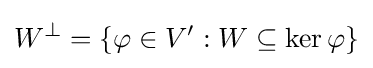
W^{\perp }=\{\varphi \in V':W\subseteq \ker \varphi \}